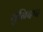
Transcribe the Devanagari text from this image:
युनिदाद